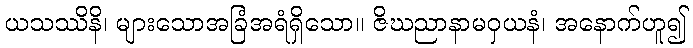
ယသဿိနိ၊ များသောအခြံအရံရှိသော။ ဇိဃညာနာမဝှယနံ၊ အနောက်ဟူ၍